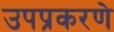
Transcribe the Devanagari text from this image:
उपप्रकरणे